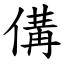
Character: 傋